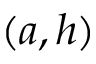
( a , h )